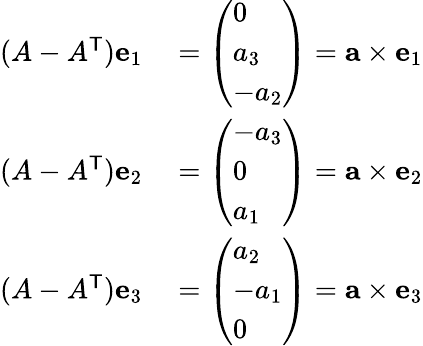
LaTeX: \begin{array}{rl}{(A-A^{\mathsf{T}})\mathbf{e}_{1}}&{{}={\left(\begin{array}{l}{0}\\ {a_{3}}\\ {-a_{2}}\end{array}\right)}=\mathbf{a}\times\mathbf{e}_{1}}\\ {(A-A^{\mathsf{T}})\mathbf{e}_{2}}&{{}={\left(\begin{array}{l}{-a_{3}}\\ {0}\\ {a_{1}}\end{array}\right)}=\mathbf{a}\times\mathbf{e}_{2}}\\ {(A-A^{\mathsf{T}})\mathbf{e}_{3}}&{{}={\left(\begin{array}{l}{a_{2}}\\ {-a_{1}}\\ {0}\end{array}\right)}=\mathbf{a}\times\mathbf{e}_{3}}\end{array}